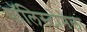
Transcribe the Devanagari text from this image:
पॉलिस्टोमेला